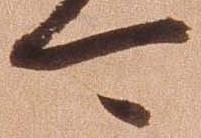
可